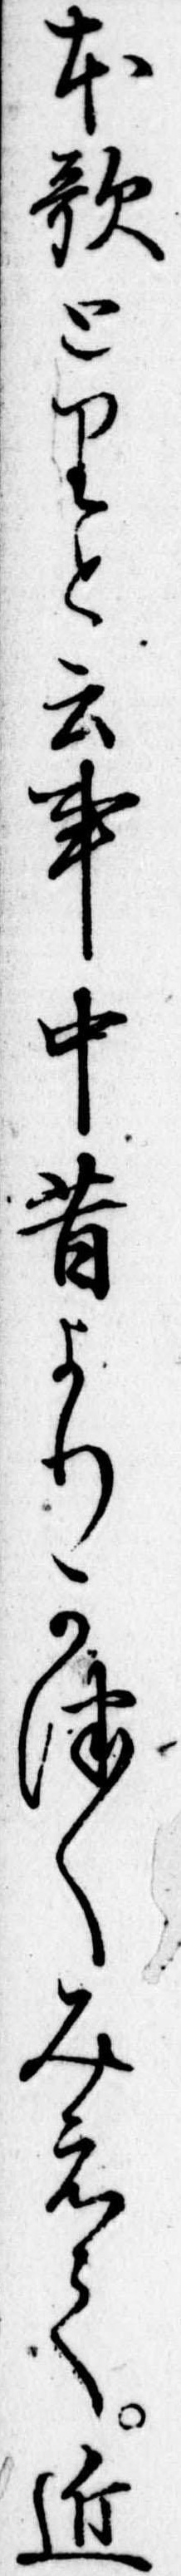
本歌とりと云事中昔よりかつ〱みえて近